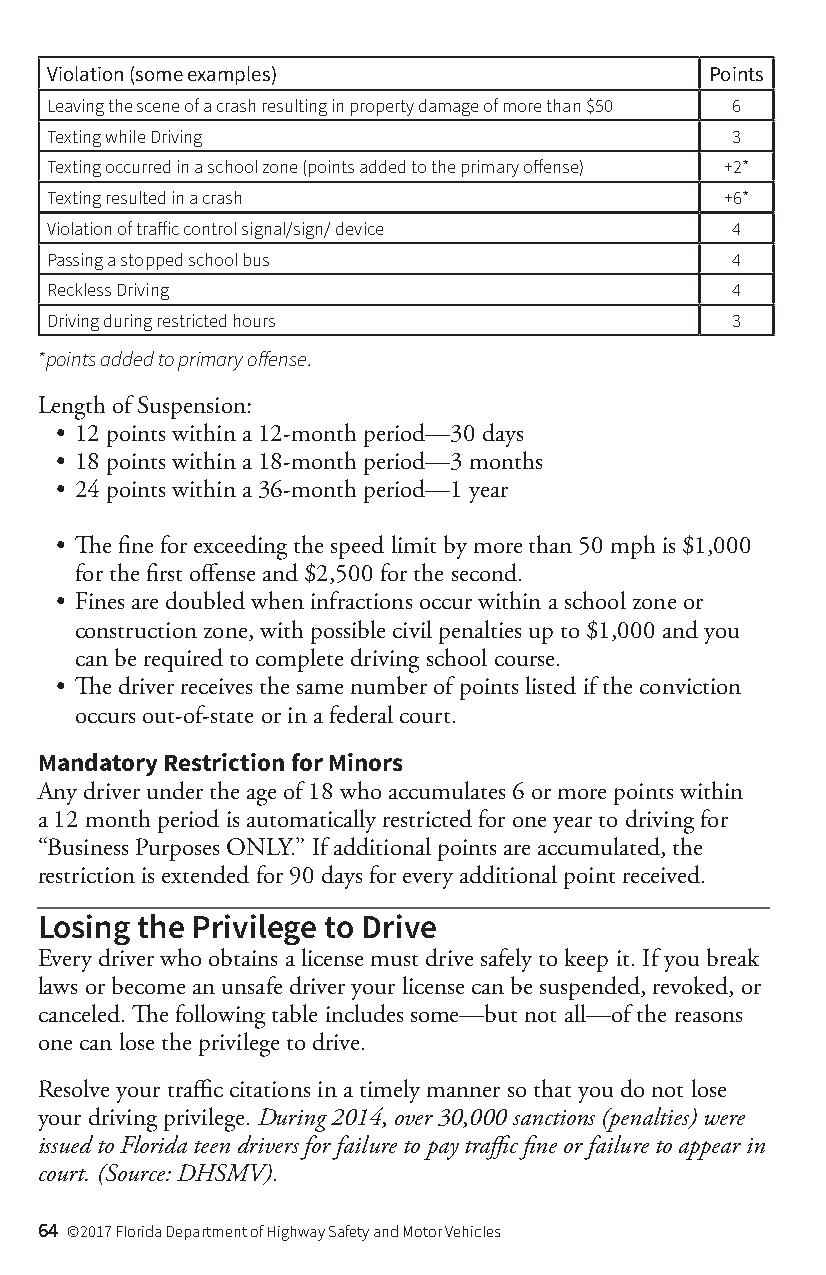
Violation (some examples)                   Points
 Leaving the scene of a crash resulting in property damage of more than $50 6
 Texting while Driving                        3
 Texting occurred in a school zone (points added to the primary offense) +2*
 Texting resulted in a crash                  +6*
 Violation of traffic control signal/sign/ device 4
 Passing a stopped school bus                 4
 Reckless Driving                             4
 Driving during restricted hours              3
 *points added to primary offense.
 Length of Suspension:
 • 12 points within a 12-month period—30 days
 • 18 points within a 18-month period—3 months
 • 24 points within a 36-month period—1 year
 • The fine for exceeding the speed limit by more than 50 mph is $1,000
 for the first offense and $2,500 for the second.
 • Fines are doubled when infractions occur within a school zone or
 construction zone, with possible civil penalties up to $1,000 and you
 can be required to complete driving school course.
 • The driver receives the same number of points listed if the conviction
 occurs out-of-state or in a federal court.
 Mandatory Restriction for Minors
 Any driver under the age of 18 who accumulates 6 or more points within
 a 12 month period is automatically restricted for one year to driving for
 “Business Purposes ONLY.” If additional points are accumulated, the
 restriction is extended for 90 days for every additional point received.
 Losing the Privilege to Drive
 Every driver who obtains a license must drive safely to keep it. If you break
 laws or become an unsafe driver your license can be suspended, revoked, or
 canceled. The following table includes some—but not all—of the reasons
 one can lose the privilege to drive.
 Resolve your traffic citations in a timely manner so that you do not lose
 your driving privilege. During 2014, over 30,000 sanctions (penalties) were
 issued to Florida teen drivers for failure to pay traffic fine or failure to appear in
 court. (Source: DHSMV).
 64 ©2017 Florida Department of Highway Safety and Motor Vehicles